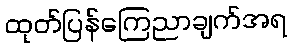
ထုတ်ပြန်ကြေညာချက်အရ